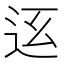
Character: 𨑼